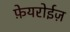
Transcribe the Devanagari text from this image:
फ़ेयरोईज़